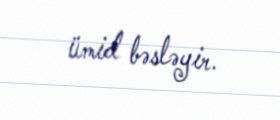
ümid bəsləyir.